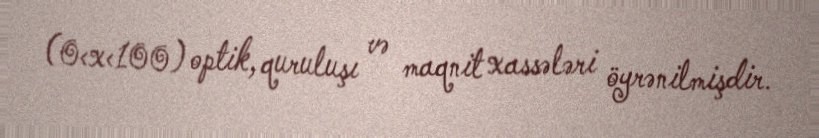
(0<x<100) optik, quruluşı və maqnit xassələri öyrənilmişdir.